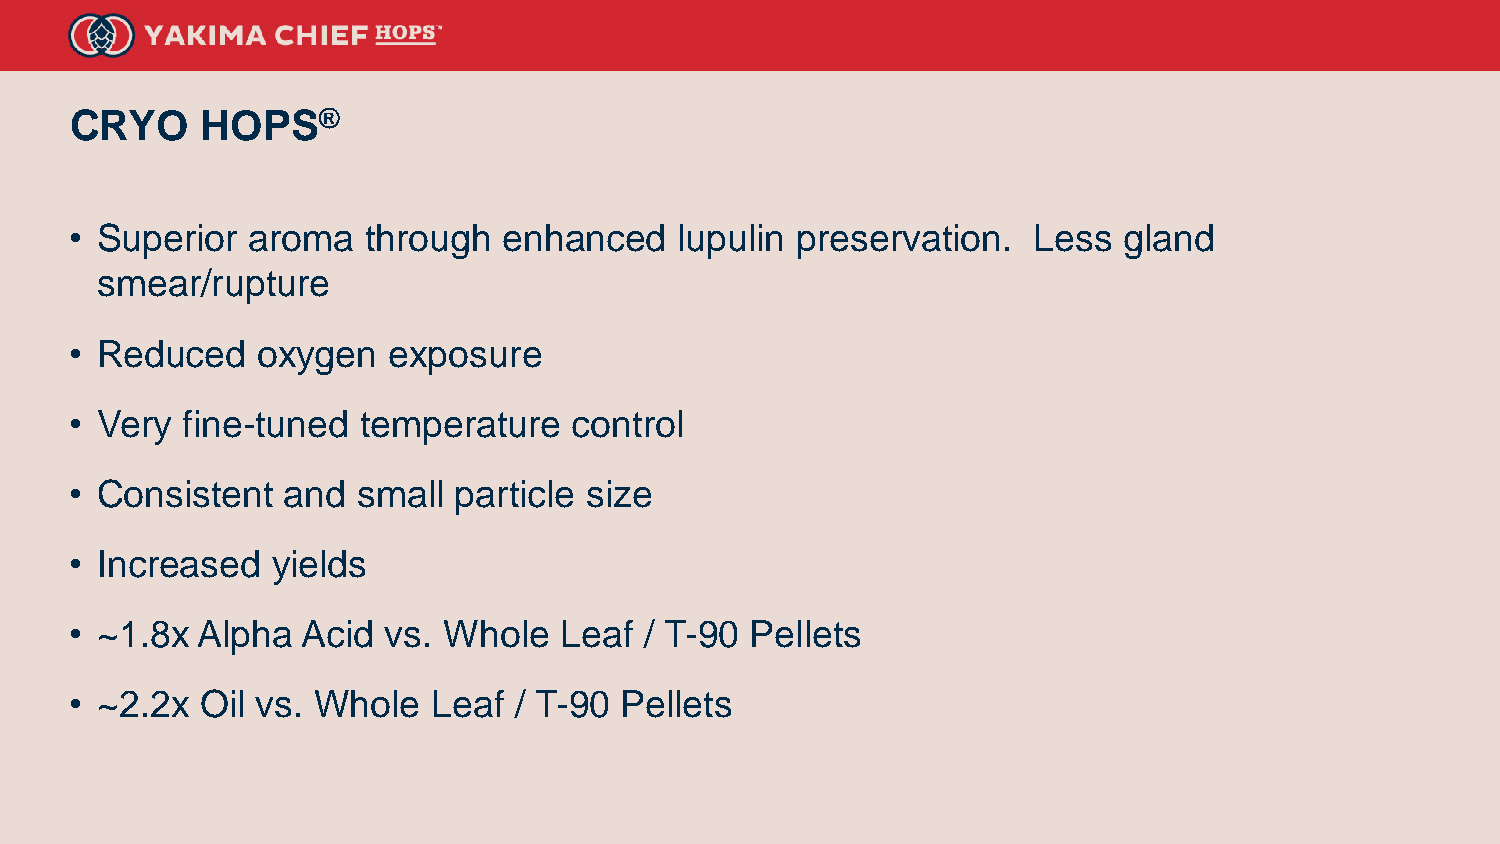
CRYO    HOPS®
 • Superior aroma   through  enhanced    lupulin preservation.  Less  gland
 smear/rupture
 • Reduced   oxygen   exposure
 • Very fine-tuned  temperature   control
 • Consistent  and  small particle size
 • Increased  yields
 • ~1.8x Alpha  Acid  vs. Whole  Leaf  / T-90 Pellets
 • ~2.2x Oil vs. Whole   Leaf / T-90 Pellets